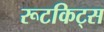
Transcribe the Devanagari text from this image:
रूटकिट्स